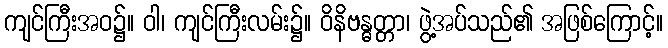
ကျင်ကြီးအဝ၌။ ဝါ၊ ကျင်ကြီးလမ်း၌။ ဝိနိဗန္ဓတ္တာ၊ ဖွဲ့အပ်သည်၏ အဖြစ်ကြောင့်။